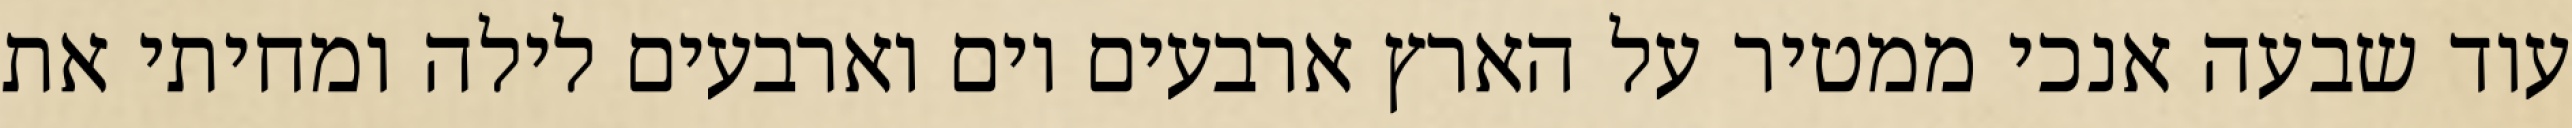
עוד שבעה אנכי ממטיר על הארץ ארבעים יום וארבעים לילה ומחיתי את